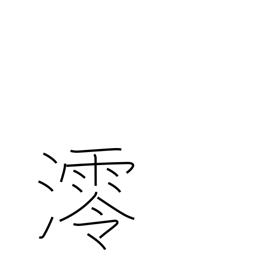
Meaning: shipping channel